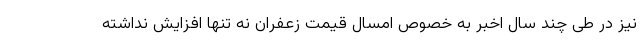
نیز در طی چند سال اخبر به خصوص امسال قیمت زعفران نه تنها افزایش نداشته